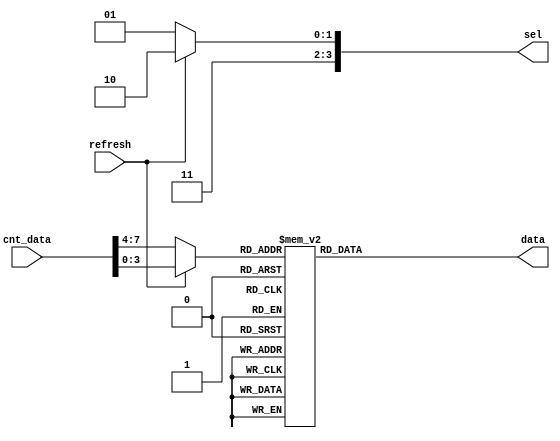
`timescale 1ns / 1ps
//////////////////////////////////////////////////////////////////////////////////
// Company: 
// Engineer: 
// 
// Design Name: 
// Module Name:    ShowDigitalNum 
// Project Name: 
// Target Devices: 
// Tool versions: 
// Description: 
//
// Dependencies: 
//
// Revision: 
// Revision 0.01 - File Created
// Additional Comments: 
//
//////////////////////////////////////////////////////////////////////////////////
module ShowDigitalNum(
input						refresh,		//
input				[7:0]	cnt_data,
output 	reg	[3:0]	sel,
output	reg	[7:0]	data	//data[7:0] = {a,b,c,d,e,f,g}
);

reg	[3:0] num = 4'h0;
reg	[3:0]	select = 4'b1110;

always@(*)
begin
	if(refresh)
		select  <=  4'b1110;
	else
		select  <=  4'b1101;
end



always@(*)
begin
	if(refresh)
		num <= cnt_data;
	else
		num <= {cnt_data[7],cnt_data[6],cnt_data[5],cnt_data[4]};
end

always@(*)
begin
	case(num)
			4'h0:		data		<= 8'b0000_0011;		//
			4'h1:		data		<= 8'b1001_1111;		//
			4'h2:		data		<= 8'b0010_0101;		//
			4'h3:		data		<= 8'b0000_1101;
			4'h4:		data		<= 8'b1001_1001;
			4'h5:		data		<= 8'b0100_1001;
			4'h6:		data		<= 8'b0100_0001;
			4'h7:		data		<= 8'b0001_1111;
			4'h8:		data		<= 8'b0000_0001;
			4'h9:		data		<= 8'b0000_1001;
			default:	data		<= 8'b1111_1111;
	endcase
end

always@(*)
begin
	sel <= select;
end

endmodule